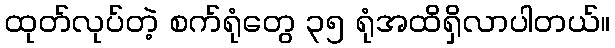
ထုတ်လုပ်တဲ့ စက်ရုံတွေ ၃၅ ရုံအထိရှိလာပါတယ်။